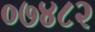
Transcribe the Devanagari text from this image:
०७४८२